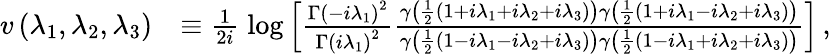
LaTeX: \begin{array}{rl}{v\left(\lambda_{1},\lambda_{2},\lambda_{3}\right)}&{\equiv\frac{1}{2i}\; \mathrm{log}\left[\frac{\Gamma\left(-i\lambda_{1}\right)^{2}}{\Gamma\left(i\lambda_{1}\right)^{2}}\frac{\gamma\left(\frac{1}{2}(1+i\lambda_{1}+i\lambda_{2}+i\lambda_{3})\right)\gamma\left(\frac{1}{2}(1+i\lambda_{1}-i\lambda_{2}+i\lambda_{3})\right)}{\gamma\left(\frac{1}{2}(1-i\lambda_{1}-i\lambda_{2}+i\lambda_{3})\right)\gamma\left(\frac{1}{2}(1-i\lambda_{1}+i\lambda_{2}+i\lambda_{3})\right)}\right]\, ,}\end{array}